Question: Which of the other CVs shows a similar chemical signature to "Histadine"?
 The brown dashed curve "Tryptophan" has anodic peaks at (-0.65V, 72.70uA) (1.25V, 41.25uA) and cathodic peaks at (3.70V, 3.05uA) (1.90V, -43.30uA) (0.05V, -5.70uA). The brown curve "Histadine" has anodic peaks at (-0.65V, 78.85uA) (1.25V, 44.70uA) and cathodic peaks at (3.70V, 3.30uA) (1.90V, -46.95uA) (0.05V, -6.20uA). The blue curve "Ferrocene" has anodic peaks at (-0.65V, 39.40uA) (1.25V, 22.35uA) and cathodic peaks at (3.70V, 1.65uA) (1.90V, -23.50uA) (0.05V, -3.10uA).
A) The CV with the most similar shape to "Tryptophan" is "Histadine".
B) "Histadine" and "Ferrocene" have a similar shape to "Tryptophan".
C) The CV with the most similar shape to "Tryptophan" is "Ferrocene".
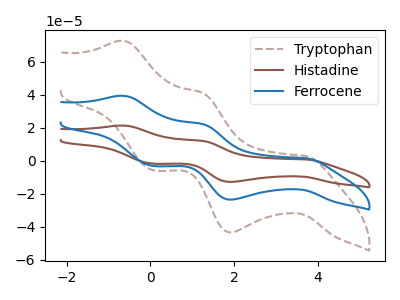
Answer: <think>All the peaks in "Tryptophan" have a peak in "Histadine" at the same potential. All the peaks in "Tryptophan" have a peak in "Ferrocene" at the same potential. All the peaks in "Histadine" have a peak in "Ferrocene" at the same potential.
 </think>
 <answer>B) "Histadine" and "Ferrocene" have a similar shape to "Tryptophan".</answer>
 <eval>B</eval>